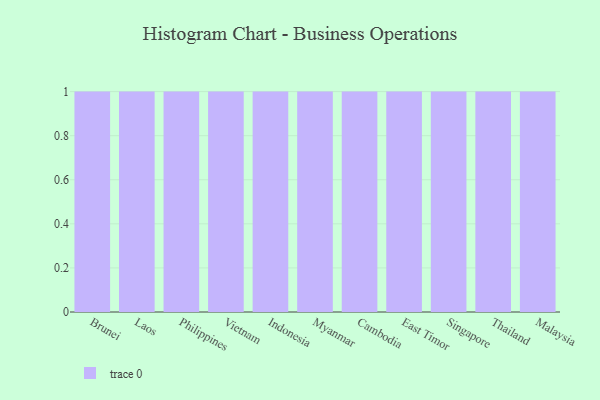
{"axis": {"x": "Country", "y": "Customer Acquisition Cost (USD)"}, "legend": [""], "data": [{"x": "Brunei", "y": 12, "type": ""}, {"x": "Laos", "y": 38, "type": ""}, {"x": "Philippines", "y": 7, "type": ""}, {"x": "Vietnam", "y": 72, "type": ""}, {"x": "Indonesia", "y": 66, "type": ""}, {"x": "Myanmar", "y": 89, "type": ""}, {"x": "Cambodia", "y": 2, "type": ""}, {"x": "East Timor", "y": 51, "type": ""}, {"x": "Singapore", "y": 29, "type": ""}, {"x": "Thailand", "y": 27, "type": ""}, {"x": "Malaysia", "y": 56, "type": ""}]}